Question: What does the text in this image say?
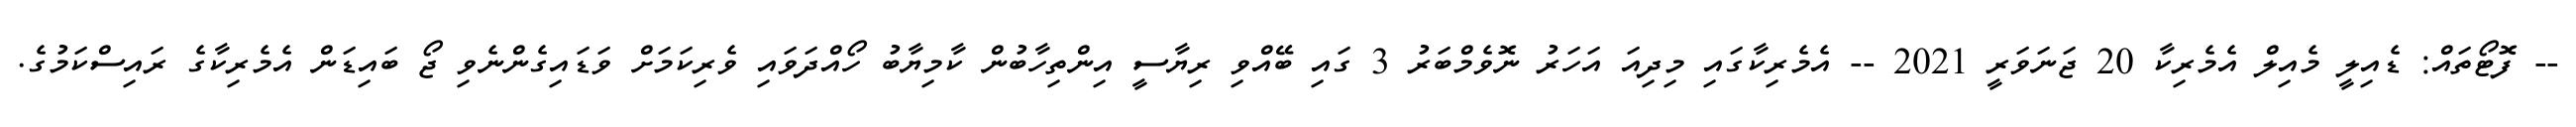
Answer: -- ފޮޓޯތައް: ޑެއިލީ މެއިލް އެމެރިކާ 20 ޖަނަވަރީ 2021 -- އެމެރިކާގައި މިދިއަ އަހަރު ނޮވެމްބަރު 3 ގައި ބޭއްވި ރިޔާސީ އިންތިހާބުން ކާމިޔާބު ހޯއްދަވައި ވެރިކަމަށް ވަޑައިގެންނެވި ޖޯ ބައިޑަން އެމެރިކާގެ ރައިސްކަމުގެ.